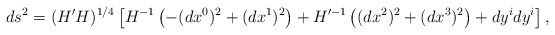
\begin{align*}d s^2 = (H' H)^{1/4} \left[ H^{ - 1} \left( - (d x^0)^2 + (d x^1)^2\right) + H'^{- 1}\left( (d x^2)^2 + (d x^3)^2 \right) + d y^i d y^i \right], \end{align*}